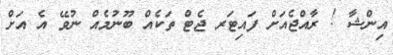
އިންޝާ ! ރާއްޖެއަށް ފައިޓަރ ޖެޓް ތަކެއް ބޫނުމެއް ނުވޭ އެ އަށް